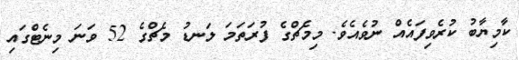
ކާމިޔާބު ކުރެވިފައެއް ނުވެއެވެ. މިމެޗްގެ ފުރަތަމަ ލަނޑު މެޗްގެ 52 ވަނަ މިނެޓްގައި